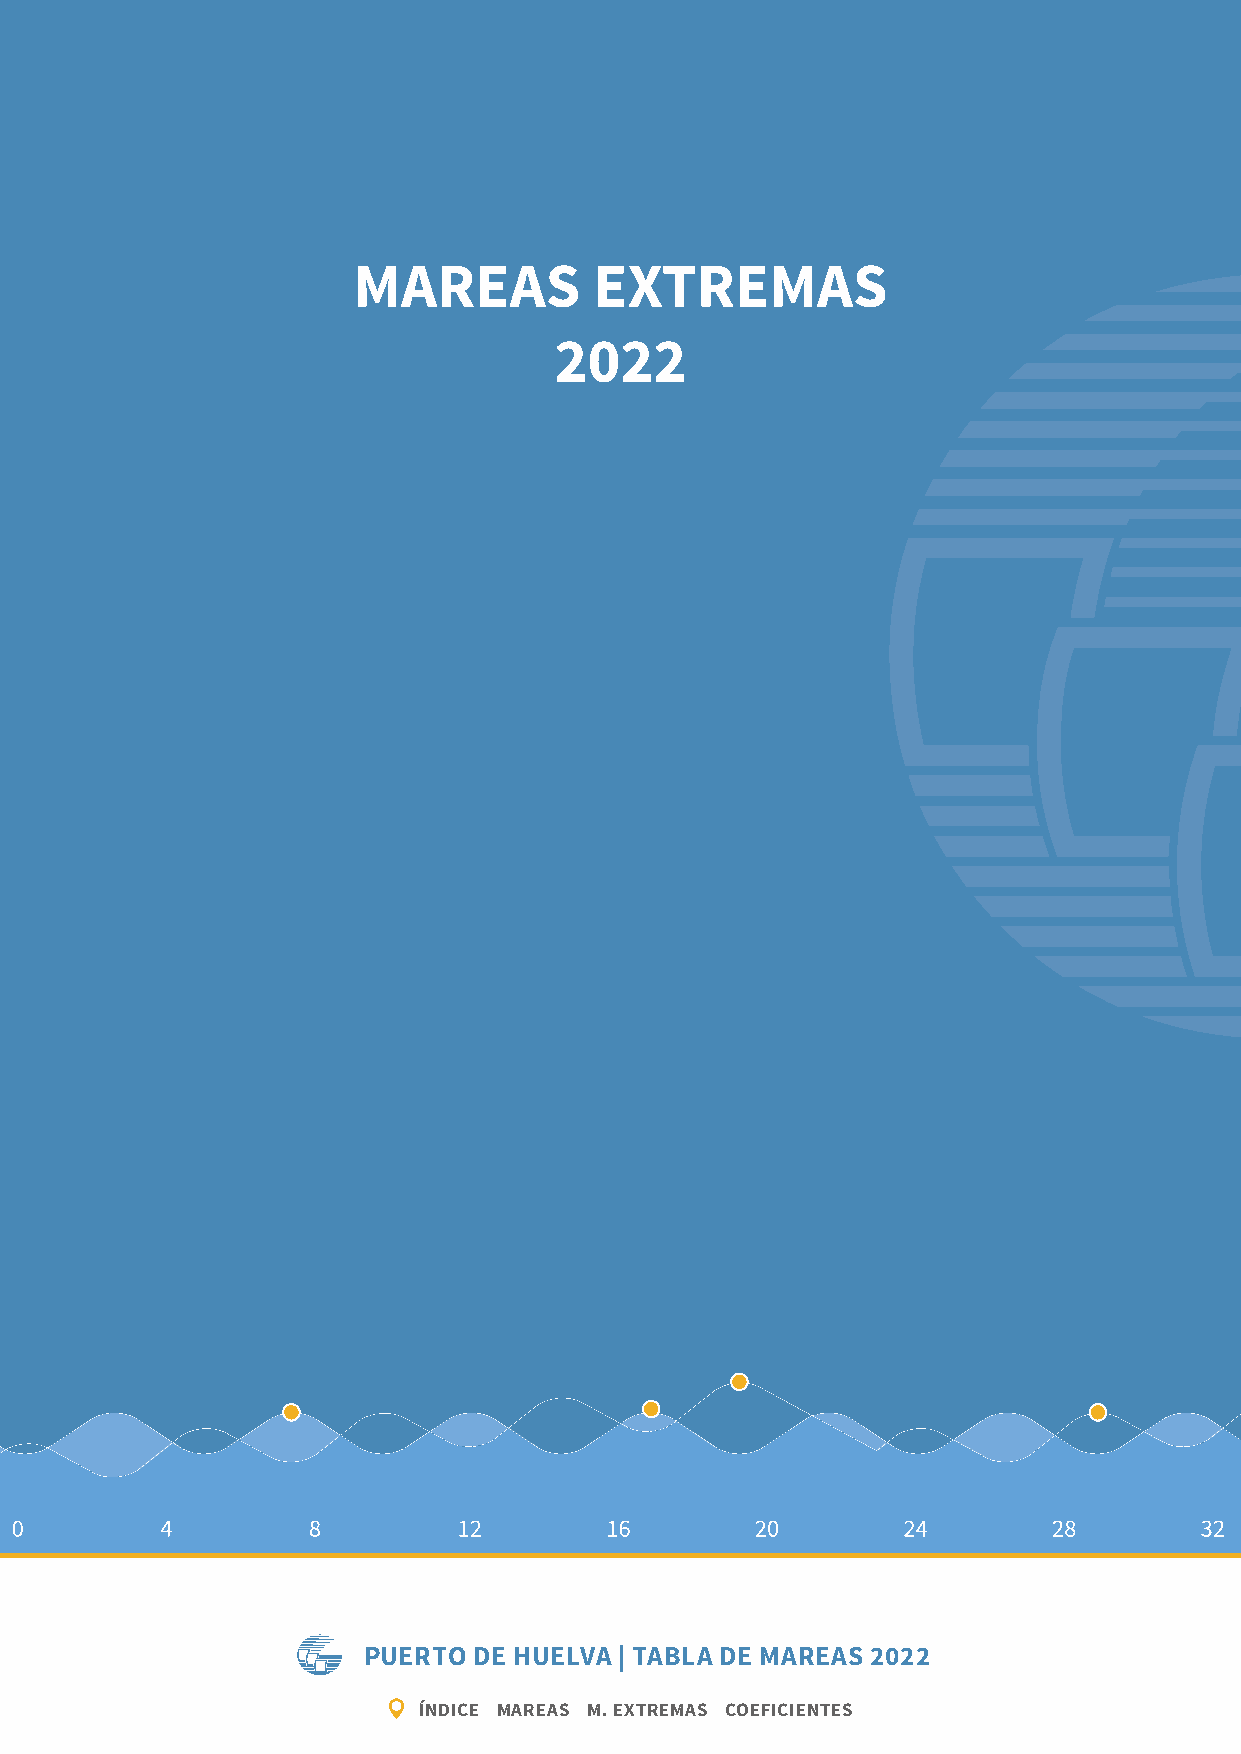
MAREAS          EXTREMAS
 2022
 PUERTO DE HUELVA | TABLA DE MAREAS 2022
 ÍNDICE MAREAS M. EXTREMAS COEFICIENTES